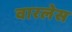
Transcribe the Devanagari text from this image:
वारलेस